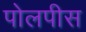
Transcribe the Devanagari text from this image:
पोलपीस